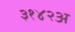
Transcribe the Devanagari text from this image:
३१४२अ